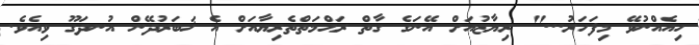
ހިއެއްނުވޭ މިފަހަރު..." ރިޔާޒުއަށް އޭނަގެ ގާތް ރަޙްމަތްތެރިޔާއަށް އެ ޚަބަރުދޭން އުނދަގޫ ވިއެވެ.